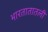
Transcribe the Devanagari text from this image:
भारतातातली